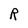
Character: R